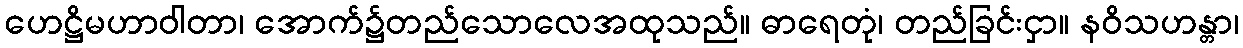
ဟေဋ္ဌိမဟာဝါတာ၊ အောက်၌တည်သောလေအထုသည်။ ဓာရေတုံ၊ တည်ခြင်းငှာ။ နဝိသဟန္တာ၊